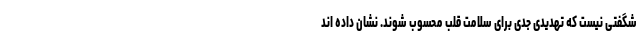
شگفتی نیست که تهدیدی جدی برای سلامت قلب محسوب شوند. نشان داده اند